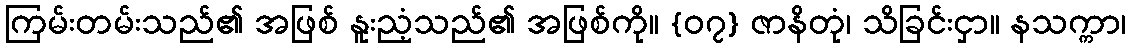
ကြမ်းတမ်းသည်၏ အဖြစ် နူးညံ့သည်၏ အဖြစ်ကို။ {၀၇} ဇာနိတုံ၊ သိခြင်းငှာ။ နသက္ကာ၊